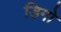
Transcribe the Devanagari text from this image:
डिगो